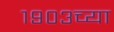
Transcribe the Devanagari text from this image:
१९०३च्या